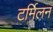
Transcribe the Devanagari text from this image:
टर्मिलन